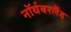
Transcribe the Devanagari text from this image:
नॉर्थबरलैंड